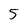
Character: 5